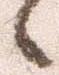
向